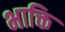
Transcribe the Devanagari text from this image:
भाक्ति